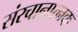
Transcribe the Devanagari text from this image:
संरचानात्नक